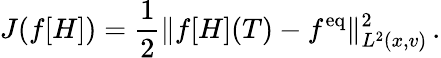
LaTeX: J(f[H])=\frac{1}{2}\| f[H](T)-f^{\mathrm{eq}}\| _{L^{2}(x,v)}^{2}\, .